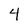
Character: 4